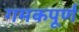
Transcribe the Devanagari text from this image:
गमकपूर्ण